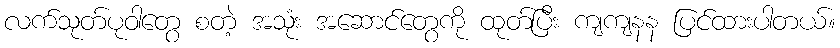
လက်သုတ်ပုဝါတွေ စတဲ့ အသုံး အဆောင်တွေကို ထုတ်ပြီး ကျကျနန ပြင်ထားပါတယ်။